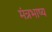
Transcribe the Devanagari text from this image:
मंत्रभाष्य